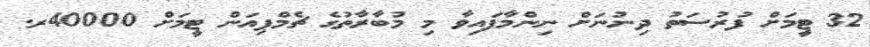
32 ޓީމަށް ފުރުސަތު ދިނުނަށް ނިންމާފައިވާ މި މުބާރާތުގެ ޗެމްޕިއަން ޓީމަށް 40000ރ.